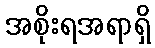
အစိုးရအရာရှိ